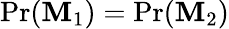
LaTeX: \operatorname*{Pr}(\mathbf{M}_{1})=\operatorname*{Pr}(\mathbf{M}_{2})